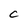
Character: c